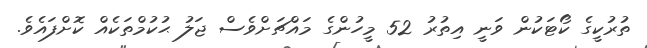
ތުރުކީގެ ކޯޓަކުން ވަނީ އިތުރު 52 މީހުންގެ މައްޗަށްވެސް ޖަލު ޙުކުމްތަކެއް ކޮށްފައެވެ.